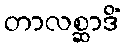
တာလစ္ဆာဒိံ